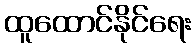
ထူထောင်နိုင်ရေး